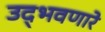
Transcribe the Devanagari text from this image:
उद्‌भवणारे